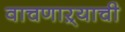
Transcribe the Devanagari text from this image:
वाचणाऱ्याची